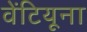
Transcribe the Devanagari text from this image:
वेंटियूना